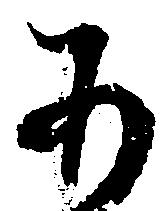
あ